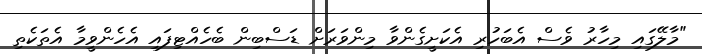
"މާލޭގައި މިހާރު ވެސް އެބަހުރި އެކަށީގެންވާ މިންވަރަށް ޑަސްބިން ބެހެއްޓިފައި އެހެންވީމާ އެތަކެތި